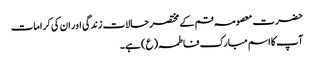
حضرت معصومہ قم کے مختصر حالات زندگی اور ان کی کرامات
آپ کا اسم مبارک فاطمہ(ع) ہے۔